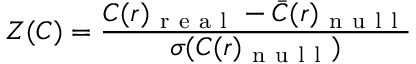
Z ( C ) = \frac { C ( r ) _ { \mathrm { ~ r ~ e ~ a ~ l ~ } } - \bar { C } ( r ) _ { \mathrm { ~ n ~ u ~ l ~ l ~ } } } { \sigma ( C ( r ) _ { \mathrm { ~ n ~ u ~ l ~ l ~ } } ) }